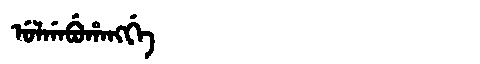
Manchu: ᡠᠯᡤᠠᠪᡠᡥᠠᠩᡤᡝ
Romanization: ULGABUHANGGE